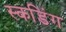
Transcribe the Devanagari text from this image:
स्कडिंग